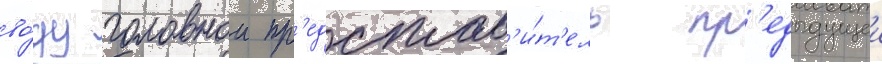
во́ду головнои пр'едстав'и́т'ель пр'едыдущеи